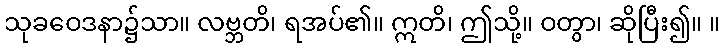
သုခဝေဒနာ၌သာ။ လဗ္ဘတိ၊ ရအပ်၏။ ဣတိ၊ ဤသို့။ ဝတွာ၊ ဆိုပြီး၍။ ။